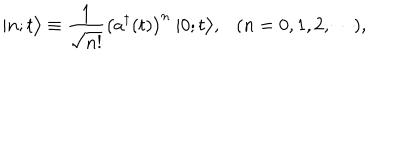
| n ; t \bigr > \equiv \frac { 1 } { \sqrt { n ! } } \bigl ( a ^ { \dagger } ( t ) \bigr ) ^ { n } ~ | 0 ; t \bigr > , ( n = 0 , 1 , 2 , \cdots ) ,